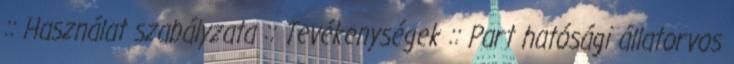
:: Használat szabályzata :: Tevékenységek :: Part hatósági állatorvos